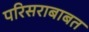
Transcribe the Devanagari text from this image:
परिसराबाबत